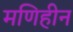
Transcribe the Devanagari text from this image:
मणिहीन